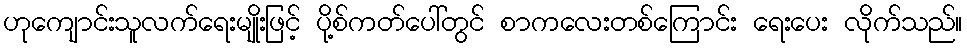
ဟုကျောင်းသူလက်ရေးမျိုးဖြင့် ပို့စ်ကတ်ပေါ်တွင် စာကလေးတစ်ကြောင်း ရေးပေး လိုက်သည်။